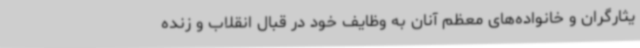
یثارگران و خانواده‌های معظم آنان به وظایف خود در قبال انقلاب و زنده